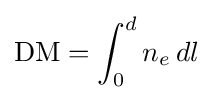
{\text{DM}}=\int _{0}^{d}n_{e}\,dl